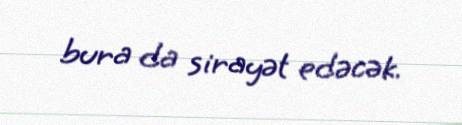
bura da sirayət edəcək.